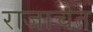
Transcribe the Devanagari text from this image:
राजाचेत